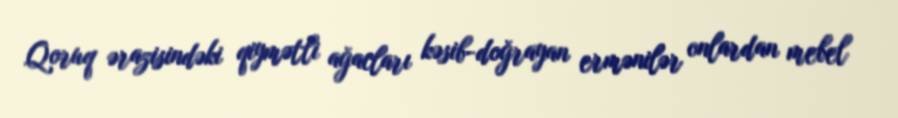
Qoruq ərazisindəki qiymətli ağacları kəsib-doğrayan ermənilər onlardan mebel